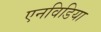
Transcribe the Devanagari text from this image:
एनविडिया